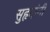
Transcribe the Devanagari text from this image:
सुहृदांनी